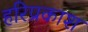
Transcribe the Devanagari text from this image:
हरिप्रकाश